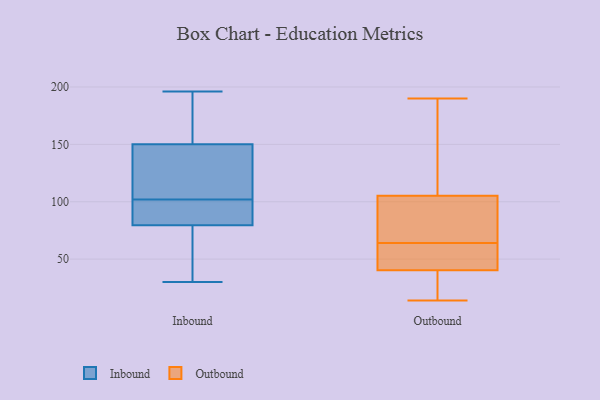
{"axis": {"x": "Customer Acquisition Cost (USD)", "y": "Value"}, "legend": ["Inbound", "Outbound"], "data": [{"x": "", "y": 98, "type": "Inbound"}, {"x": "", "y": 67, "type": "Inbound"}, {"x": "", "y": 154, "type": "Inbound"}, {"x": "", "y": 30, "type": "Inbound"}, {"x": "", "y": 146, "type": "Inbound"}, {"x": "", "y": 106, "type": "Inbound"}, {"x": "", "y": 196, "type": "Inbound"}, {"x": "", "y": 113, "type": "Inbound"}, {"x": "", "y": 178, "type": "Inbound"}, {"x": "", "y": 83, "type": "Inbound"}, {"x": "", "y": 33, "type": "Inbound"}, {"x": "", "y": 93, "type": "Inbound"}, {"x": "", "y": 183, "type": "Inbound"}, {"x": "", "y": 92, "type": "Inbound"}, {"x": "", "y": 127, "type": "Inbound"}, {"x": "", "y": 83, "type": "Inbound"}, {"x": "", "y": 179, "type": "Inbound"}, {"x": "", "y": 140, "type": "Inbound"}, {"x": "", "y": 76, "type": "Inbound"}, {"x": "", "y": 58, "type": "Inbound"}, {"x": "", "y": 64, "type": "Outbound"}, {"x": "", "y": 23, "type": "Outbound"}, {"x": "", "y": 121, "type": "Outbound"}, {"x": "", "y": 38, "type": "Outbound"}, {"x": "", "y": 175, "type": "Outbound"}, {"x": "", "y": 100, "type": "Outbound"}, {"x": "", "y": 35, "type": "Outbound"}, {"x": "", "y": 85, "type": "Outbound"}, {"x": "", "y": 43, "type": "Outbound"}, {"x": "", "y": 190, "type": "Outbound"}, {"x": "", "y": 93, "type": "Outbound"}, {"x": "", "y": 62, "type": "Outbound"}, {"x": "", "y": 41, "type": "Outbound"}, {"x": "", "y": 100, "type": "Outbound"}, {"x": "", "y": 54, "type": "Outbound"}, {"x": "", "y": 14, "type": "Outbound"}, {"x": "", "y": 134, "type": "Outbound"}]}